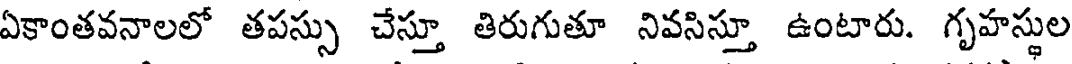
ఏకాంతవనాలలో తపస్సు చేస్తూ తిరుగుతూ నివసిస్తూ ఉంటారు. గృహస్థుల